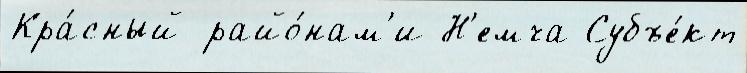
Кра́сный райо́нам'и Н'емча Субъе́кт